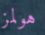
هولمز